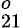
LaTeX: _{21}^{o}